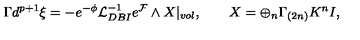
\Gamma d ^ { p + 1 } \xi = - e ^ { - \phi } { \cal L } _ { D B I } ^ { - 1 } e ^ { \cal F } \wedge X | _ { v o l } , \qquad X = \oplus _ { n } \Gamma _ { ( 2 n ) } K ^ { n } I ,